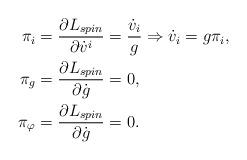
LaTeX: \begin{align*}\pi_i &= \frac{\partial L_{spin}}{\partial \dot v^i}= \frac{\dot v_i}{g} \Rightarrow \dot v_i = g \pi_i, \\\pi_g &= \frac{\partial L_{spin}}{\partial \dot g} = 0, \\\pi_\varphi &= \frac{\partial L_{spin}}{\partial \dot g} =0.\end{align*}